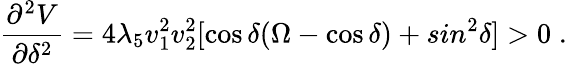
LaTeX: \frac{\partial^{2}V}{\partial\delta^{2}}=4\lambda_{5}v_{1}^{2}v_{2}^{2}\lbrack\cos\delta(\Omega-\cos\delta)+sin^{2}\delta\rbrack>0\; .